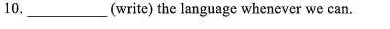
10. ___(write) the language whenever we can.